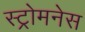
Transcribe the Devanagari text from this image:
स्ट्रोमनेस